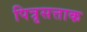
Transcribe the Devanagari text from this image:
पित्रृसत्ताक